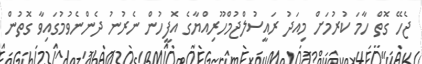
ޖެހޭ ގޮތް ހާމަ ކުރުމަށް މިއަދު ރައީސުލްޖުމްހޫރިއްޔާގެ އޮފީހުން ނެރުނު ދެންނެވުމުގައިވާ ގޮތުން